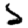
Digit: 5